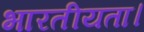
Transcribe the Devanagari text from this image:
भारतीयता।